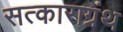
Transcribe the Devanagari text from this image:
सत्काराग्रंथ